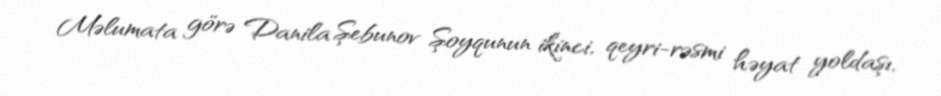
Məlumata görə Danila Şebunov Şoyqunun ikinci, qeyri-rəsmi həyat yoldaşı,